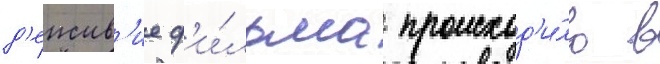
д'еиств'ие ф'и́льма происход'и́ло в